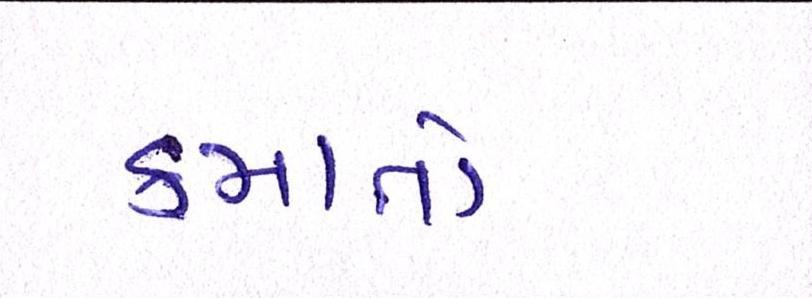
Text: કમાતો